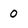
Character: 0